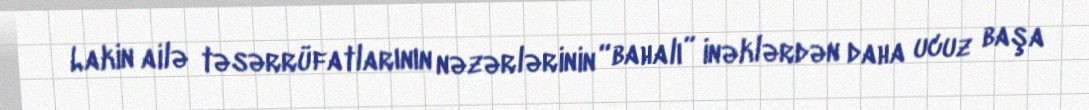
Lakin ailə təsərrüfatlarının nəzərlərinin “bahalı” inəklərdən daha ucuz başa